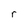
Character: r